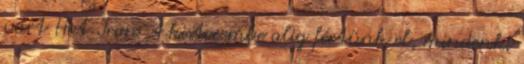
várt Hot Iron A kisterembe alig fértünk el, mindenki